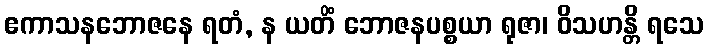
ဧကာသနဘောဇနေ ရတံ, န ယတိံ ဘောဇနပစ္စယာ ရုဇာ၊ ဝိသဟန္တိ ရသေ